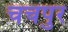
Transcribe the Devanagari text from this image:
चचपुर